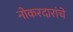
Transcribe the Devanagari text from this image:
नोकरदारांचे